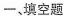
一、填空题